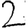
Digit: 2